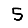
Digit: 5